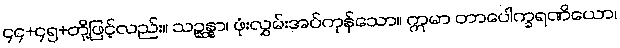
၄၄+၄၅+တို့ဖြင့်လည်း။ သဉ္ဆန္နာ၊ ဖုံးလွှမ်းအပ်ကုန်သော။ ဣမာ တာပေါက္ခရဏိယော၊